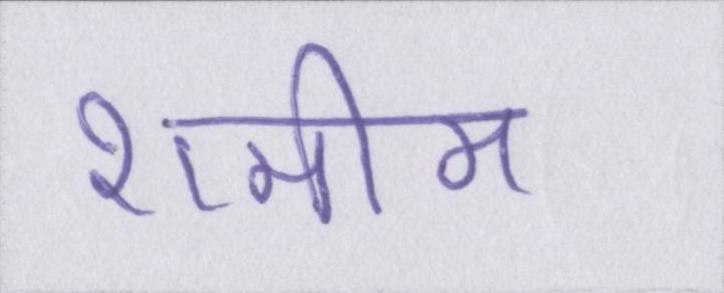
शमीम